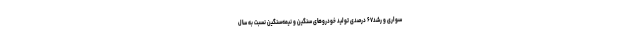
سواری و رشد۶۷ درصدی تولید خودروهای سنگین و نیمه‌سنگین نسبت به سال